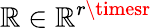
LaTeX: \mathbb{R}\in\mathbb{{\mathbb{R}}}^{r\timesr}